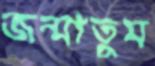
জন্মাতুম